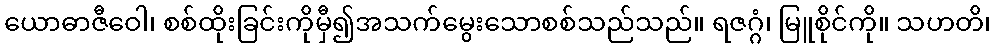
ယောဓာဇီဝေါ၊ စစ်ထိုးခြင်းကိုမှီ၍အသက်မွေးသောစစ်သည်သည်။ ရဇဂ္ဂံ၊ မြူစိုင်ကို။ သဟတိ၊